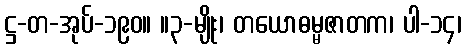
ဋ္ဌ-တ-အုပ်-၁၉၀။ ။၃-မျိုး၊ တယောဓမ္မဇာတက၊ ပါ-၁၄၊